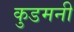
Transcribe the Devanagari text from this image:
कुडमनी